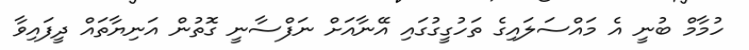
ހުމާމް ބުނީ އެ މައްސަލައިގެ ތަހުގީގުގައި އޭނާއަށް ނަފްސާނީ ގޮތުން އަނިޔާތައް ދީފައިވާ